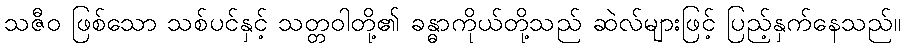
သဇီဝ ဖြစ်သော သစ်ပင်နှင့် သတ္တဝါတို့၏ ခန္ဓာကိုယ်တို့သည် ဆဲလ်များဖြင့် ပြည့်နှက်နေသည်။